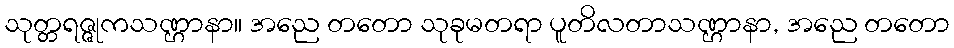
သုတ္တရဇ္ဇုကသဏ္ဌာနာ။ အညေ တတော သုခုမတရာ ပူတိလတာသဏ္ဌာနာ, အညေ တတော